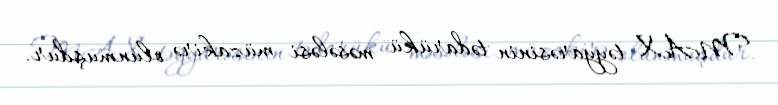
MAX təyyarəsinin tədarükü məsələsi müzakirə olunmuşdur.